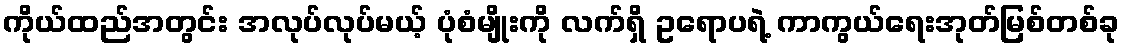
ကိုယ်ထည်အတွင်း အလုပ်လုပ်မယ့် ပုံစံမျိုးကို လက်ရှိ ဥရောပရဲ့ ကာကွယ်ရေးအုတ်မြစ်တစ်ခု